Annual report on the health of the army in India
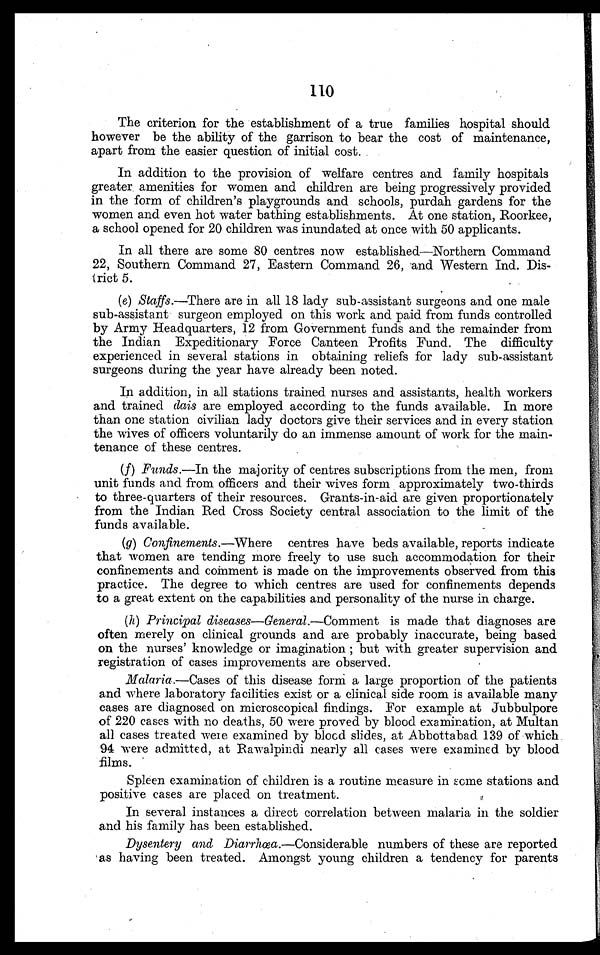
110
The criterion for the establishment of a true families hospital should
however be the ability of the garrison to bear the cost of maintenance,
apart from the easier question of initial cost.
In addition to the provision of welfare centres and family hospitals
greater amenities for women and children are being progressively provided
in the form of children's playgrounds and schools, purdah gardens for the
women and even hot water bathing establishments. At one station, Roorkee,
a school opened for 20 children was inundated at once with 50 applicants.
In all there are some 80 centres now established—Northern Command
22, Southern Command 27, Eastern Command 26, and Western Ind. Dis-
trict 5.
(e) Staffs.—There are in all 18 lady sub-assistant surgeons and one male
sub-assistant surgeon employed on this work and paid from funds controlled
by Army Headquarters, 12 from Government funds and the remainder from
the Indian Expeditionary Force Canteen Profits Fund. The difficulty
experienced in several stations in obtaining reliefs for lady sub-assistant
surgeons during the year have already been noted.
In addition, in all stations trained nurses and assistants, health workers
and trained dais are employed according to the funds available. In more
than one station civilian lady doctors give their services and in every station
the wives of officers voluntarily do an immense amount of work for the main-
tenance of these centres.
(f) Funds .—In the majority of centres subscriptions from the men, from
unit funds and from officers and their wives form approximately two-thirds
to three-quarters of their resources. Grants-in-aid are given proportionately
from the Indian Red Cross Society central association to the limit of the
funds available.
(g) Confinements.—Where centres have beds available, reports indicate
that women are tending more freely to use such accommodation for their
confinements and comment is made on the improvements observed from this
practice. The degree to which centres are used for confinements depends
to a great extent on the capabilities and personality of the nurse in charge.
(h) Principal diseases—General.—Comment is made that diagnoses are
often merely on clinical grounds and are probably inaccurate, being based
on the nurses' knowledge or imagination ; but with greater supervision and
registration of cases improvements are observed.
Malaria.—Cases of this disease form a large proportion of the patients
and where laboratory facilities exist or a clinical side room is available many
cases are diagnosed on microscopical findings. For example at Jubbulpore
of 220 cases with no deaths, 50 were proved by blood examination, at Multan
all cases treated were examined by blood slides, at Abbottabad 139 of which
94 -were admitted, at Rawalpindi nearly all cases were examined by blood
films.
Spleen examination of children is a routine measure in some stations and
positive cases are placed on treatment.
In several instances a direct correlation between malaria in the soldier
and his family has been established.
Dysentery and Diarrhœa .—Considerable numbers of these are reported
as having been treated. Amongst young children a tendency for parents